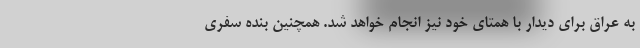
به عراق برای دیدار با همتای خود نیز انجام خواهد شد. همچنین بنده سفری